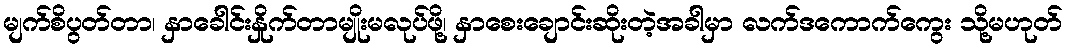
မျက်စိပွတ်တာ၊ နှာခေါင်းနှိုက်တာမျိုးမလုပ်ဖို့၊ နှာစေးချောင်းဆိုးတဲ့အခါမှာ လက်ဒကောက်ကွေး သို့မဟုတ်